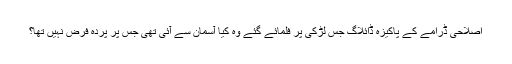
اصلاحی ڈرامے کے پاکیزہ ڈائلاگ جس لڑکی پر فلمائے گئے وہ کیا آسمان سے آئی تھی جس پر پردہ فرض نہیں تھا؟